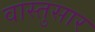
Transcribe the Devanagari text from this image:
वास्तुसार